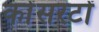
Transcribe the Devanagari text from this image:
कोंसरटों